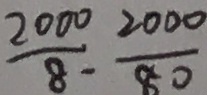
\frac { 2 0 0 0 } { 8 } - \frac { 2 0 0 0 } { 8 0 }